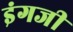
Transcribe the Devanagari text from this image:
इंगजी